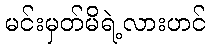
မင်းမှတ်မိရဲ့လားဟင်